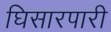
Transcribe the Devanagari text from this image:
घिसारपारी